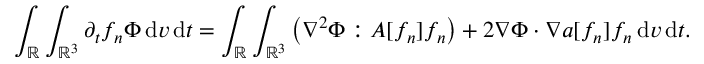
\int _ { \ensuremath { { \mathbb R } } } \int _ { \ensuremath { { \mathbb R } } ^ { 3 } } \partial _ { t } f _ { n } \Phi \, \mathrm { d } v \, \mathrm { d } t = \int _ { \ensuremath { { \mathbb R } } } \int _ { \ensuremath { { \mathbb R } } ^ { 3 } } \left( \nabla ^ { 2 } \Phi : A [ f _ { n } ] f _ { n } \right) + 2 \nabla \Phi \cdot \nabla a [ f _ { n } ] f _ { n } \, \mathrm { d } v \, \mathrm { d } t .